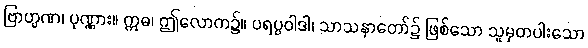
ဗြာဟ္မဏ၊ ပုဏ္ဏား။ ဣဓ၊ ဤလောက၌။ ပရပ္ပဝါဒါ၊ သာသနာတော်၌ ဖြစ်သော သူမှတပါးသော